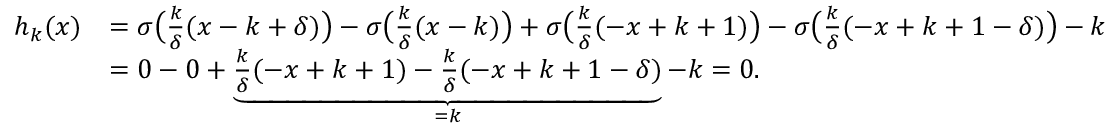
\begin{array} { r l } { h _ { k } ( x ) } & { = \sigma \big ( \frac { k } { \delta } ( x - k + \delta ) \big ) - \sigma \big ( \frac { k } { \delta } ( x - k ) \big ) + \sigma \big ( \frac { k } { \delta } ( - x + k + 1 ) \big ) - \sigma \big ( \frac { k } { \delta } ( - x + k + 1 - \delta ) \big ) - k } \\ & { = 0 - 0 + \underbrace { \frac { k } { \delta } ( - x + k + 1 ) - \frac { k } { \delta } ( - x + k + 1 - \delta ) } _ { = k } - k = 0 . } \end{array}